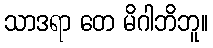
သာဒရာ တေ မိဂါဘိဘူ။